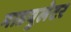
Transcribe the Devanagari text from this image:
माडयुलेटर